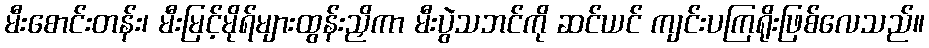
မီးစောင်းတန်း၊ မီးမြင့်မိုရ်များထွန်းညှိကာ မီးပွဲသဘင်ကို ဆင်ယင် ကျင်းပကြရိုးဖြစ်လေသည်။